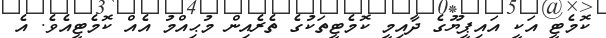
ކޮމެޓީ އަކީ އައިޕީޔޫގެ ދާއިމީ ކޮމެޓީތަކުގެ ތެރެއިން މުޙިއްމު އެއް ކޮމެޓީއެވެ. އެ